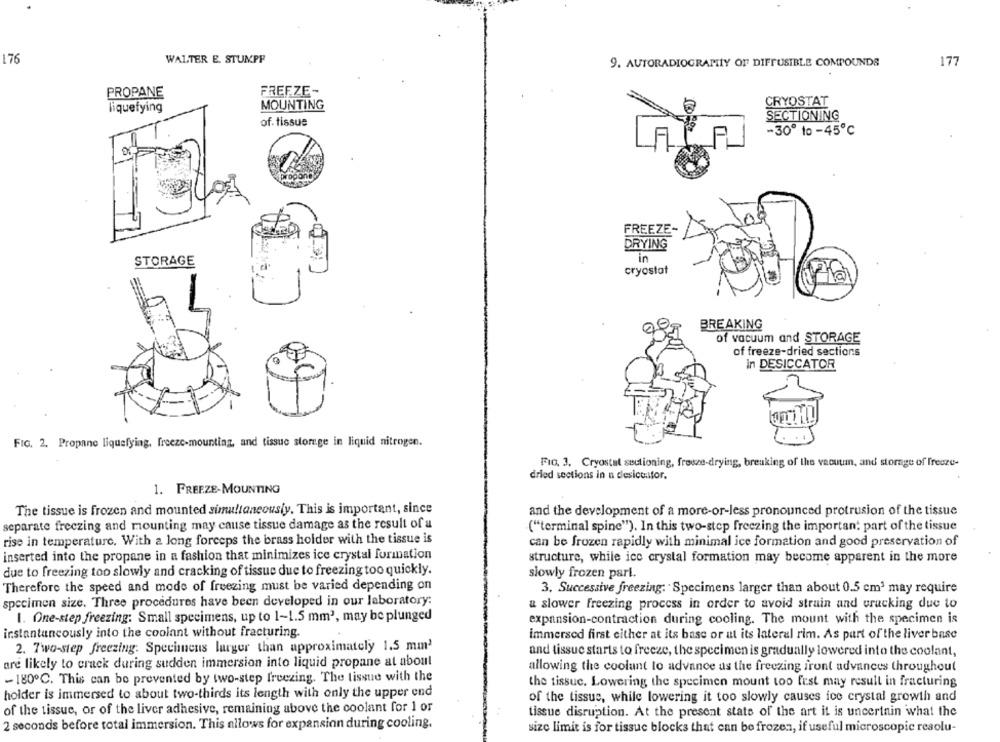
176
WALTER E. STUMPF
9. AUTORADIOGRAMY OF DIFFUSIBLE COMPOUNDS
177
PROPANE
FREFZE-
CRYOSTAT
liquefying
MOUNTING
SECTIONING
of. tissue
-30º 10 -45℃
FREEZE-
DRYING
STORAGE
in
cryostat
BREAKING
of vacuum and STORAGE
of freeze-dried sections
in DESICCATOR
FIG. 2. Propane liquefying, freeze-mounting, and tissue storege in liquid nitrogen.
FIG. 3. Cryostal sectioning, fresze-drying, breuking of the vacuum, and storage of freeze-
dried sections in n desictafor.
1. FREEZE-MOUNTING
The tissue is frozen and mounted simultaneously. This is important, since
and the development of a more-or-less pronounced protrusion of the tissue
separate freezing and mounting may cause tissue damage as the result of a
("terminal spine"). In this two-step freezing the important part of the tissue
rise in temperature. With a long forceps the brass holder with the tissue is
can be frozen rapidly with minimal ice formation and good preservation of
inserted into the propane in a fashion that minimizes ice crystal formation
structure, while ice crystal formation may become apparent in the more
due to freezing too slowly and cracking of tissue due to freezing too quickly.
slowly frozen parl.
Therefore the speed and mode of freezing must be varied depending on
3. Successive freezing: "Specimens larger than about 0.5 cm3 may require
specimen size. Three procedures have been developed in our laboratory:
a slower freezing process in order to avoid strain and cracking due to
1. One-step freezing: Small specimens, up to 1-1.5 mm3, may be plunged
expansion-contraction during cooling. The mount with the specimen is
instantancously into the coolant without fracturing.
immersed first either at its base or at its lateral rim. As part of the liver base
2. 7wo-step freezing: Specimens larger than approximately 1.5 mm'
and tissue starts to freeze, the specimen is gradually lowered into the coolant,
are likely to crack during sudden immersion into liquid propane at about
allowing the coolunt to advance us the freezing front advances throughout
- 180℃. This can be prevented by two-step freezing. The tissue with the
the tissue. Lowering the specimen mount too fest may result in fracturing
holder is immersed to about two-thirds its length with only the upper end
of the tissue, while lowering it too slowly causes ice crystal growth and
of the tissue, or of the liver adhesive, remaining above the coolant for 1 or
tissue disruption. At the present state of the art it is uncertain what the
2 seconds before total immersion. This allows for expansion during cooling.
size limit is for tissue blocks that can be frozen, if useful microscopic resolu-